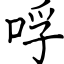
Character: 哹